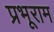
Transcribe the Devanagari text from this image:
प्रभूराम